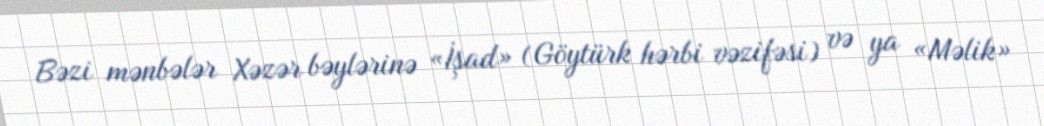
Bəzi mənbələr Xəzər bəylərinə «İşad» (Göytürk hərbi vəzifəsi) və ya «Məlik»